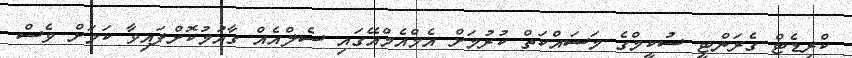
ކްރިޑެޓް ގެރަންޓީ ސުކީމްގެ މަސައްކަތް ކުރުމަށް އެމްއެމްއޭގައި ސެލްއެއް ގާއުމުކޮށްފައިވާ ކަަމަށް ވެސް